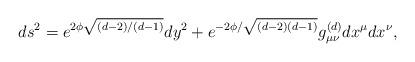
LaTeX: \begin{align*}ds^2 = e^{2\phi \sqrt{(d-2)/(d-1)}} dy^2 + e^{-2\phi /\sqrt{(d-2)(d-1)}}g^{(d)}_{\mu \nu} d x^{\mu} d x^{\nu},\end{align*}